Annual statistical returns and brief notes on vaccination in Bengal - 1909-1929
Year: 1909
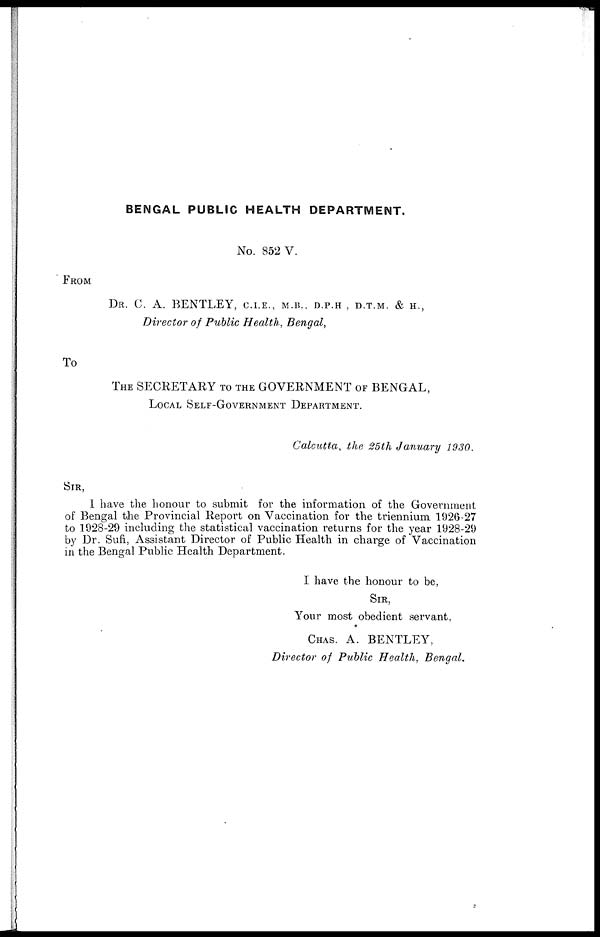
BENGAL PUBLIC HEALTH DEPARTMENT.
No. 852 V.
FROM
DR. C. A. BENTLEY, C.I.E., M.B., D.P.H , D.T.M. & H.,
Director of Public Health, Bengal,
To
THE SECRETARY TO THE GOVERNMENT OF BENGAL,
LOCAL SELF-GOVERNMENT DEPARTMENT.
Calcutta, the 25th January 1930.
SIR,
I have the honour to submit for the information of the Government
of Bengal the Provincial Report on Vaccination for the triennium 1926-27
to 1928-29 including the statistical vaccination returns for the year 1928-29
by Dr. Sufi, Assistant Director of Public Health in charge of Vaccination
in the Bengal Public Health Department.
I have the honour to be,
SIR,
Your most obedient servant,
CHAS. A. BENTLEY,
Director of Public Health, Bengal.